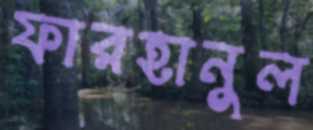
ফারহানুল